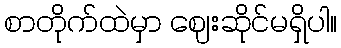
စာတိုက်ထဲမှာ ဈေးဆိုင်မရှိပါ။